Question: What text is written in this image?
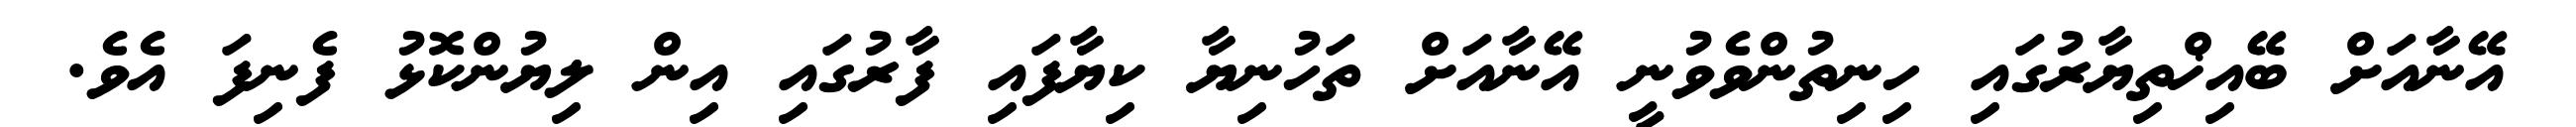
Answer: އޭނާއަށް ބޭއިޚްތިޔާރުގައި ހިނިތުންވެވުނީ އޭނާއަށް ތަހުނިޔާ ކިޔާފައި ފާރުގައި އިން ލިޔުންކޮޅު ފެނިފަ އެވެ.